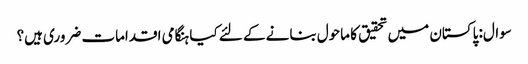
سوال: پاکستان میں تحقیق کا ماحول بنانے کے لئے کیا ہنگامی اقدامات ضروری ہیں؟